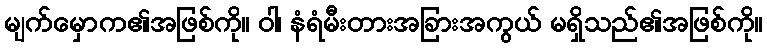
မျက်မှောက၏အဖြစ်ကို။ ဝါ၊ နံရံမီးတားအခြားအကွယ် မရှိသည်၏အဖြစ်ကို။